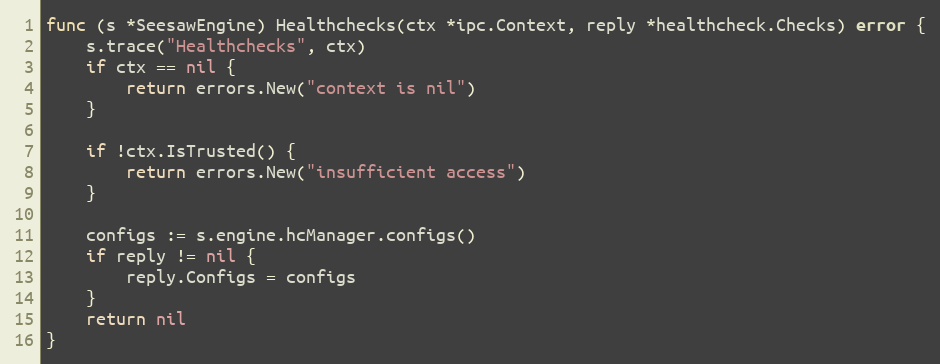
Language: Go
func (s *SeesawEngine) Healthchecks(ctx *ipc.Context, reply *healthcheck.Checks) error {
	s.trace("Healthchecks", ctx)
	if ctx == nil {
		return errors.New("context is nil")
	}

	if !ctx.IsTrusted() {
		return errors.New("insufficient access")
	}

	configs := s.engine.hcManager.configs()
	if reply != nil {
		reply.Configs = configs
	}
	return nil
}